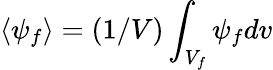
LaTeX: \langle\psi_{f}\rangle=(1/V)\int_{V_{f}}\psi_{f}dv